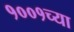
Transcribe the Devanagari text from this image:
१००१च्या